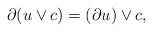
LaTeX: \begin{align*}\partial (u\vee c)=(\partial u)\vee c,\end{align*}